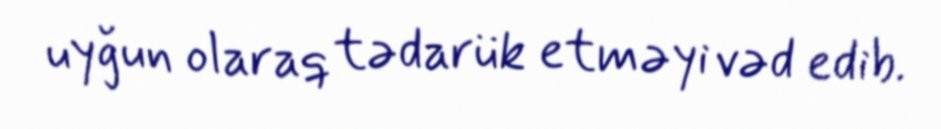
uyğun olaraq tədarük etməyi vəd edib.